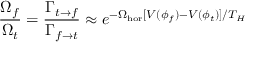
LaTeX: { \frac { \Omega _ { f } } { \Omega _ { t } } } = { \frac { \Gamma _ { t \rightarrow f } } { \Gamma _ { f \rightarrow t } } } \approx e ^ { - \Omega _ { \mathrm { h o r } } [ V ( \phi _ { f } ) - V ( \phi _ { t } ) ] / T _ { H } }